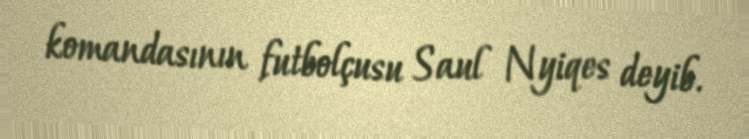
komandasının futbolçusu Saul Nyiqes deyib.